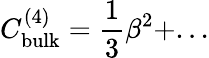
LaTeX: C_{\mathrm{bulk}}^{(4)}=\frac{1}{3}\beta^{2}+...